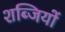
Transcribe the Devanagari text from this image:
शब्जियों